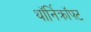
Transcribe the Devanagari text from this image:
थॉर्निक्रॉफ्ट